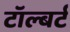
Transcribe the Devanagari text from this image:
टॉल्बर्ट